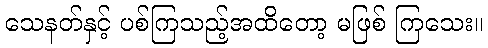
သေနတ်နှင့် ပစ်ကြသည့်အထိတော့ မဖြစ် ကြသေး။